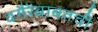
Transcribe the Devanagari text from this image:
वगैरेंबाबतची